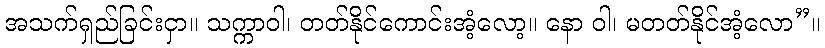
အသက်ရှည်ခြင်းငှာ။ သက္ကာဝါ၊ တတ်နိုင်ကောင်းအံ့လော့။ နော ဝါ၊ မတတ်နိုင်အံ့လော”။